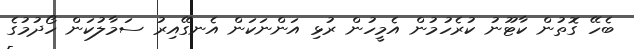
ބެހޭ ގޮތުން ކާޓޫނު ކުރެހުމުން އެމީހުން ރުޅި އަންނަކަން އެނގޭއިރު ސަމާލުކަން ހޯދުމުގެ